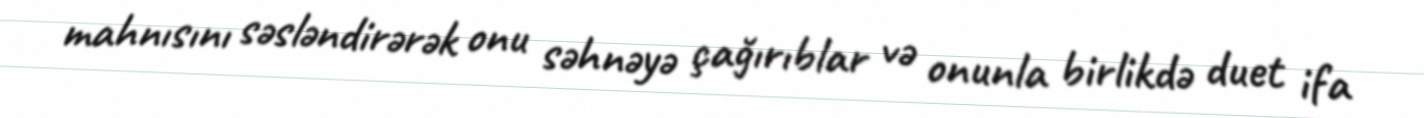
mahnısını səsləndirərək onu səhnəyə çağırıblar və onunla birlikdə duet ifa